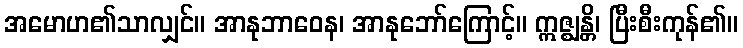
အမောဟ၏သာလျှင်။ အာနုဘာဝေန၊ အာနုဘော်ကြောင့်။ ဣဇ္ဈန္တိ၊ ပြီးစီးကုန်၏။